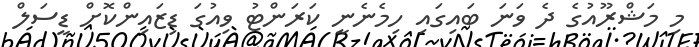
މި މަޝްރޫއުގެ ދެ ވަނަ ބައިގައި ހިމެނެނީ ކަރަންޓު ވިއުގަ ޑިޒައިންކޮށް ޑީސަލް